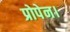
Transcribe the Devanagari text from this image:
प्रोपेन।